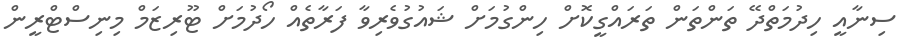
ސިނާއީ ހިދުމަތްދޭ ތަންތަން ތަރައްގީކޮށް ހިންގުމަށް ޝައުގުވެރިވާ ފަރާތެއް ހޯދުމަށް ޓޫރިޒަމް މިނިސްޓްރީން